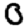
Digit: 0